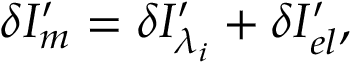
\delta { { I } } _ { m } ^ { \prime } = \delta { { I } _ { { \lambda _ { i } } } ^ { \prime } } + \delta { { I } _ { e l } ^ { \prime } } ,